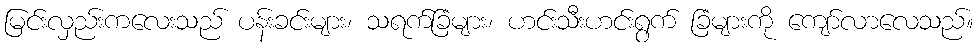
မြင်းလှည်းကလေးသည် ပန်းခင်းများ၊ သရက်ခြံများ၊ ဟင်းသီးဟင်းရွက် ခြံများကို ကျော်လာလေသည်။